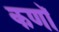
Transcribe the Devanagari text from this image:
कणॉ